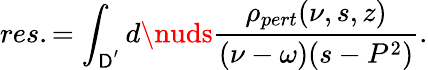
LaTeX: res.=\int_{\mathsf{D}^{'}}d\nuds{\frac{{\rho_{pert}(\nu,s,z)}}{{(\nu-\omega)(s-P^{2})}}}.